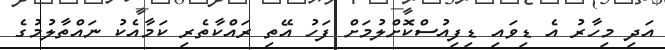
އަދި މިހާރު އެ ޑިވައި ޑިފިއުސްކޮށްލުމަށް ފަހު އޭތި ރައްކާތެރި ކަމާއެކު ނައްތާލުމުގެ